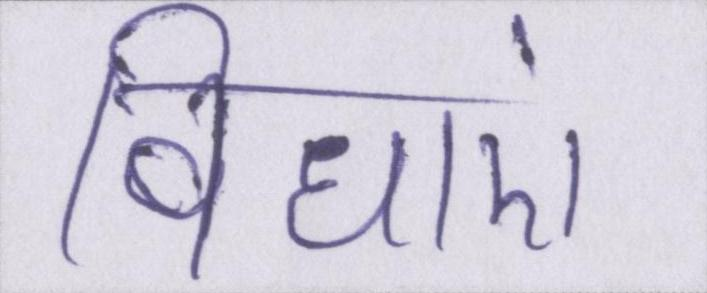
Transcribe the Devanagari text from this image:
विधाएं